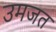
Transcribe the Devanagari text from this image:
उमजत